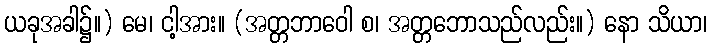
ယခုအခါ၌။) မေ၊ ငါ့အား။ (အတ္တဘာဝေါ စ၊ အတ္တဘောသည်လည်း။) နော သိယာ၊